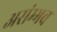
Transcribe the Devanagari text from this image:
असंम्भव